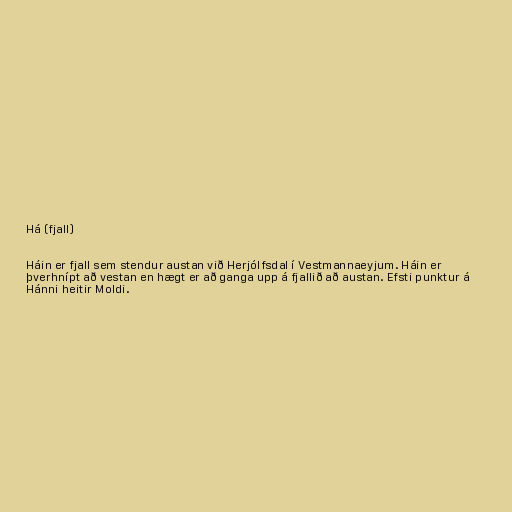
Há (fjall)

Háin er fjall sem stendur austan við Herjólfsdal í Vestmannaeyjum. Háin er
þverhnípt að vestan en hægt er að ganga upp á fjallið að austan. Efsti punktur á
Hánni heitir Moldi.